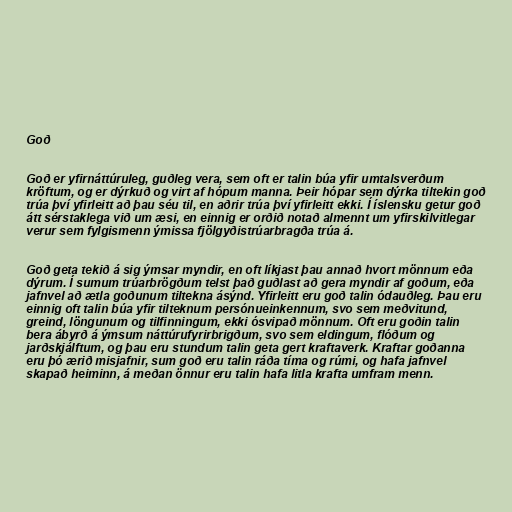
Goð

Goð er yfirnáttúruleg, guðleg vera, sem oft er talin búa yfir umtalsverðum
kröftum, og er dýrkuð og virt af hópum manna. Þeir hópar sem dýrka tiltekin goð
trúa því yfirleitt að þau séu til, en aðrir trúa því yfirleitt ekki. Í íslensku getur goð
átt sérstaklega við um æsi, en einnig er orðið notað almennt um yfirskilvitlegar
verur sem fylgismenn ýmissa fjölgyðistrúarbragða trúa á.

Goð geta tekið á sig ýmsar myndir, en oft líkjast þau annað hvort mönnum eða
dýrum. Í sumum trúarbrögðum telst það guðlast að gera myndir af goðum, eða
jafnvel að ætla goðunum tiltekna ásýnd. Yfirleitt eru goð talin ódauðleg. Þau eru
einnig oft talin búa yfir tilteknum persónueinkennum, svo sem meðvitund,
greind, löngunum og tilfinningum, ekki ósvipað mönnum. Oft eru goðin talin
bera ábyrð á ýmsum náttúrufyrirbrigðum, svo sem eldingum, flóðum og
jarðskjálftum, og þau eru stundum talin geta gert kraftaverk. Kraftar goðanna
eru þó ærið misjafnir, sum goð eru talin ráða tíma og rúmi, og hafa jafnvel
skapað heiminn, á meðan önnur eru talin hafa litla krafta umfram menn.